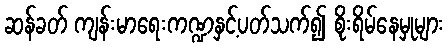
ဆန်ခတ် ကျန်းမာရေးကဏ္ဍနှင့်ပတ်သက်၍ စိုးရိမ်နေမှုများ